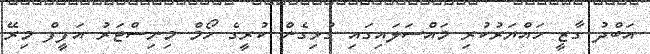
އަބްދު ގާޒީ ހައްޔަރުކުރި މައްސަލައިގައި ގުޅިގެން ކުރީގެ ހޯމް މިނިސްޓަރު އަފީފް މިރޭ